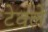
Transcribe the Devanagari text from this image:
टेवले